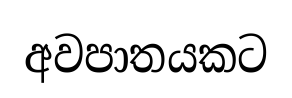
අවපාතයකට